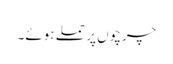
چرچوں پر حملے ہوئے۔